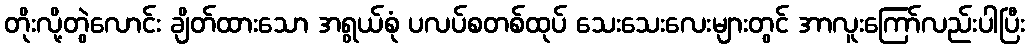
တိုးလို့တွဲလောင်း ချိတ်ထားသော အရွယ်စုံ ပလပ်စတစ်ထုပ် သေးသေးလေးများတွင် အာလူးကြော်လည်းပါပြီး